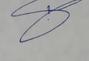
Signature authenticity: genuine